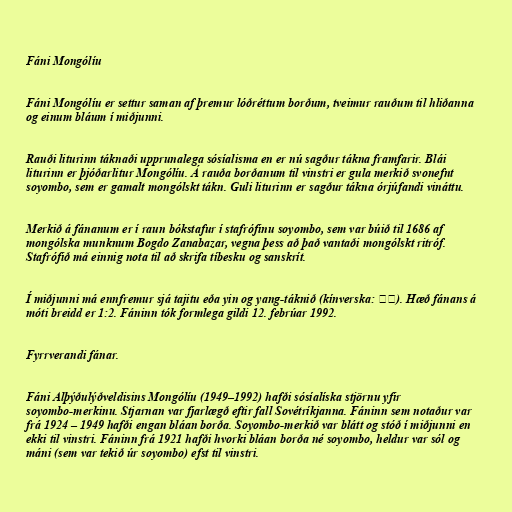
Fáni Mongólíu

Fáni Mongólíu er settur saman af þremur lóðréttum borðum, tveimur rauðum til hliðanna
og einum bláum í miðjunni.

Rauði liturinn táknaði upprunalega sósíalisma en er nú sagður tákna framfarir. Blái
liturinn er þjóðarlitur Mongólíu. Á rauða borðanum til vinstri er gula merkið svonefnt
soyombo, sem er gamalt mongólskt tákn. Guli liturinn er sagður tákna órjúfandi vináttu.

Merkið á fánanum er í raun bókstafur í stafrófinu soyombo, sem var búið til 1686 af
mongólska munknum Bogdo Zanabazar, vegna þess að það vantaði mongólskt ritróf.
Stafrófið má einnig nota til að skrifa tíbesku og sanskrít.

Í miðjunni má ennfremur sjá tajitu eða yin og yang-táknið (kínverska: 阴阳). Hæð fánans á
móti breidd er 1:2. Fáninn tók formlega gildi 12. febrúar 1992.

Fyrrverandi fánar.

Fáni Alþýðulýðveldisins Mongólíu (1949–1992) hafði sósíalíska stjörnu yfir
soyombo-merkinu. Stjarnan var fjarlægð eftir fall Sovétríkjanna. Fáninn sem notaður var
frá 1924 – 1949 hafði engan bláan borða. Soyombo-merkið var blátt og stóð í miðjunni en
ekki til vinstri. Fáninn frá 1921 hafði hvorki bláan borða né soyombo, heldur var sól og
máni (sem var tekið úr soyombo) efst til vinstri.